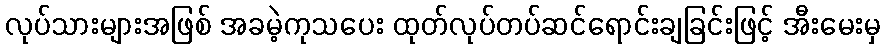
လုပ်သားများအဖြစ် အခမဲ့ကုသပေး ထုတ်လုပ်တပ်ဆင်ရောင်းချခြင်းဖြင့် အီးမေးမှ